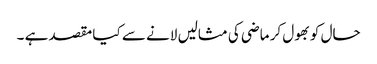
حال کو بھول کر ماضی کی مثالیں لانے سے کیا مقصد ہے ۔